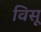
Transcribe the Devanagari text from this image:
विसू